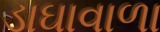
ડાઘાવાળા